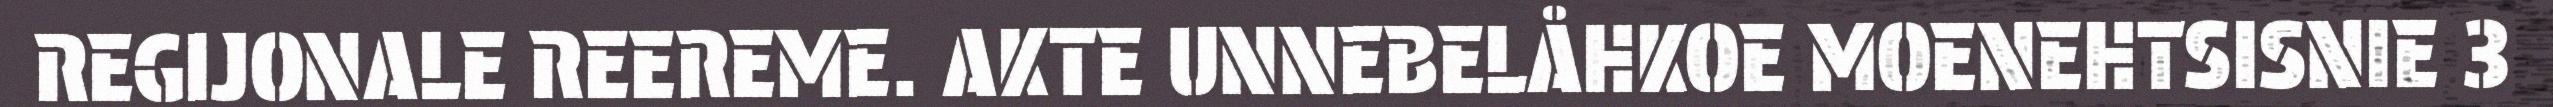
REGIJONALE REEREME. AKTE UNNEBELÅHKOE MOENEHTSISNIE 3